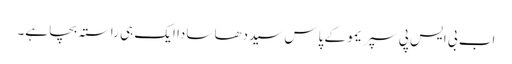
اب بی ایس پی سپریمو کے پاس سیددھا سادا ایک ہی راستہ بچا ہے۔